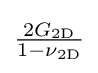
{\tfrac {2G_{\mathrm {2D} }}{1-\nu _{\mathrm {2D} }}}